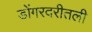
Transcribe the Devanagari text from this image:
डोंगरदरीतली